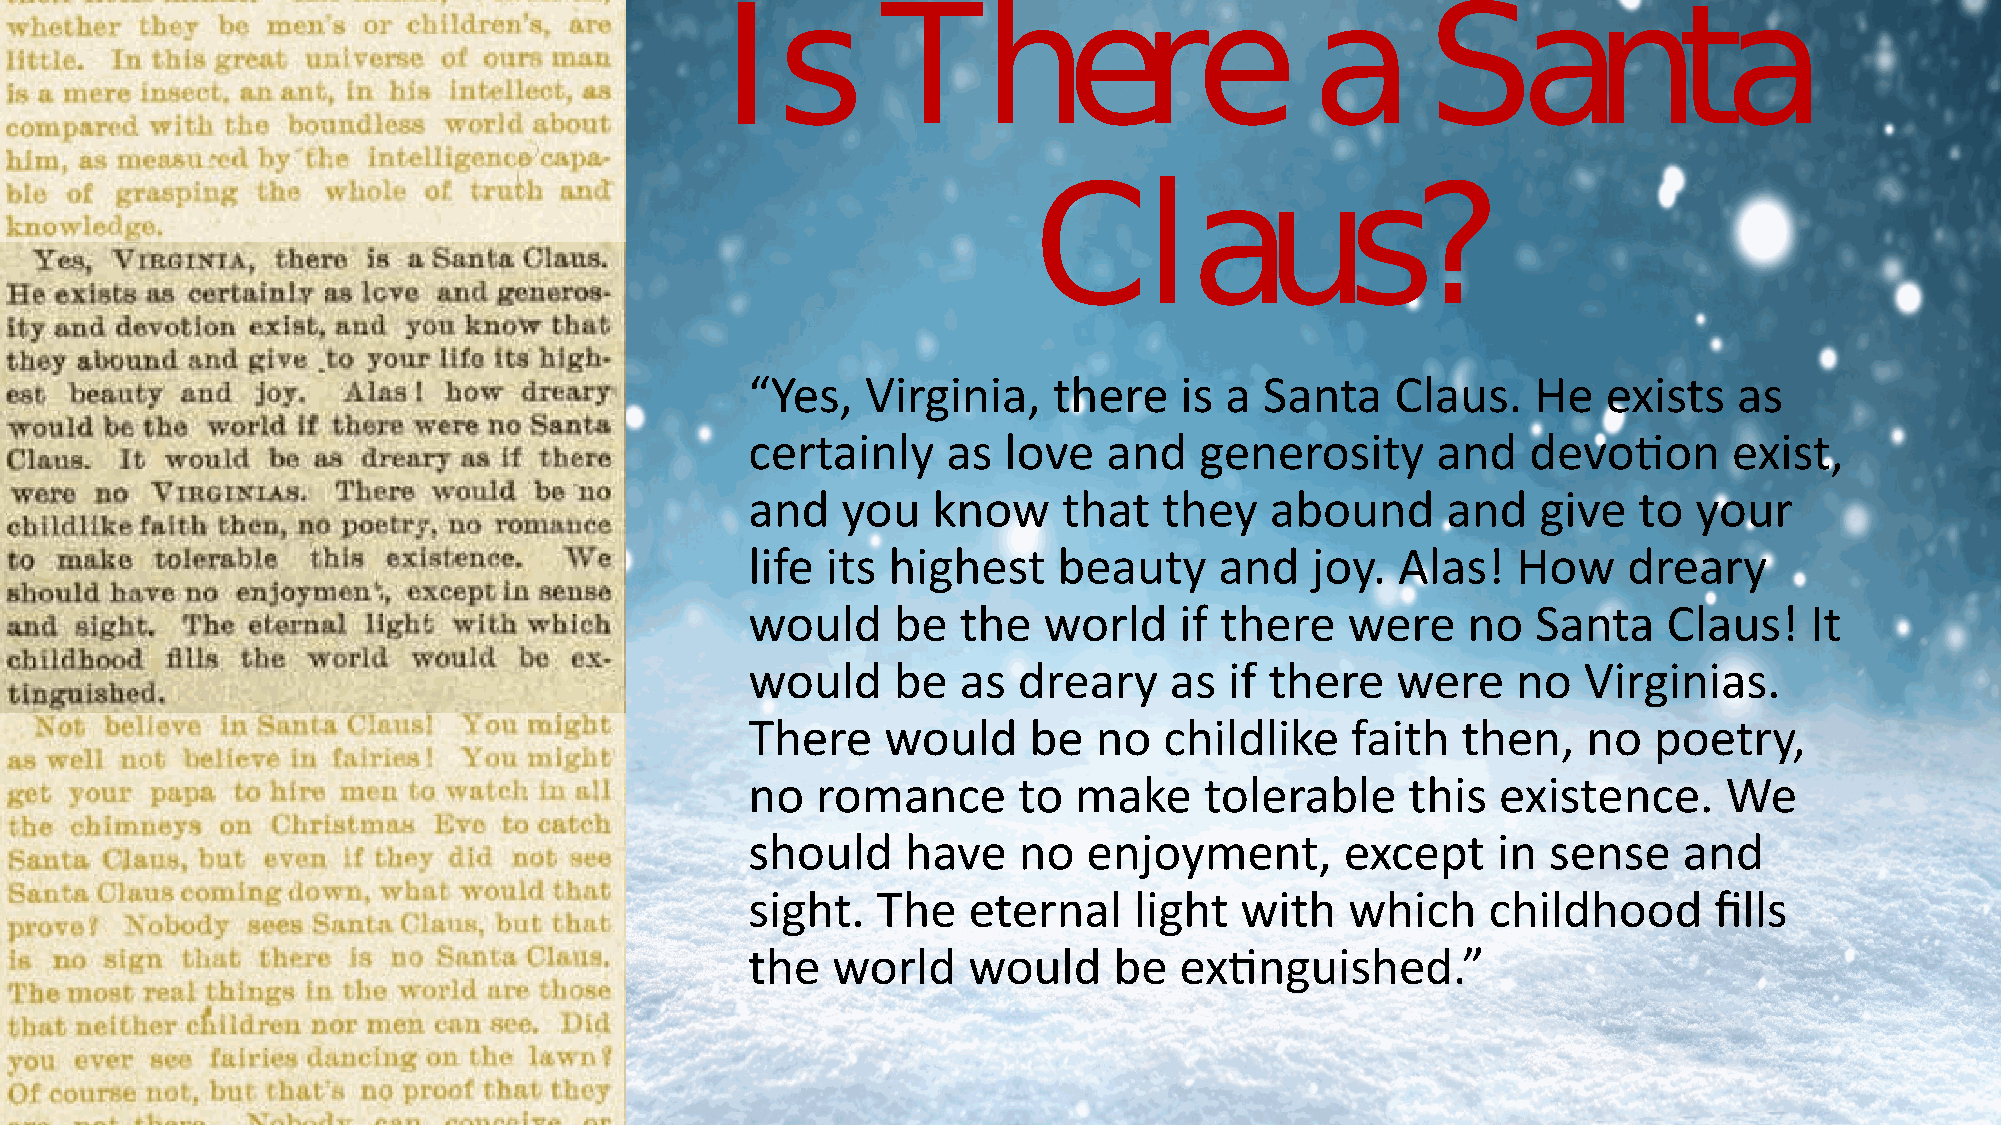
I  s      There                        a      Santa
 Claus?
 “Yes,  Virginia,    there   is a  Santa   Claus.    He  exists   as
 certainly    as love   and   generosity      and   devotion      exist,
 and   you   know    that   they   abound      and   give  to  your
 life its highest    beauty     and   joy.  Alas!  How     dreary
 would    be   the  world    if there   were    no   Santa   Claus!    It
 would    be   as dreary    as  if there   were    no   Virginias.
 There    would    be  no   childlike   faith   then,   no  poetry,
 no  romance      to  make     tolerable    this  existence.     We
 should    have   no   enjoyment,       except    in  sense   and
 sight.  The   eternal    light  with   which    childhood      fills
 the  world    would     be  extinguished.”